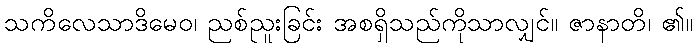
သကိလေသာဒိမေဝ၊ ညစ်ညူးခြင်း အစရှိသည်ကိုသာလျှင်။ ဇာနာတိ၊ ၏။